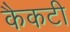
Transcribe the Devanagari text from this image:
कैकटी